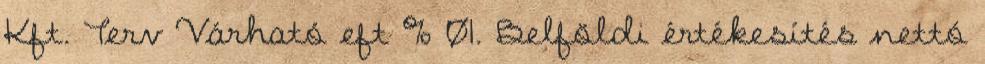
Kft. Terv Várható eft % 01. Belföldi értékesítés nettó